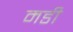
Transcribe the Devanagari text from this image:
मडी